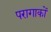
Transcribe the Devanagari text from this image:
परागाकों